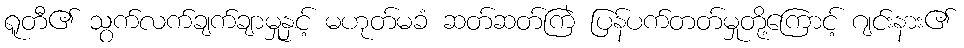
ရူတီ၏ သွက်လက်ချက်ချာမှုနှင့် မဟုတ်မခံ ဆတ်ဆတ်ကြဲ ပြန်ပက်တတ်မှုတို့ကြောင့် ဂျင်းနား၏